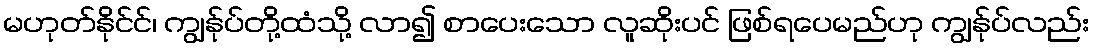
မဟုတ်နိုင်င်၊ ကျွန်ုပ်တို့ထံသို့ လာ၍ စာပေးသော လူဆိုးပင် ဖြစ်ရပေမည်ဟု ကျွန်ုပ်လည်း